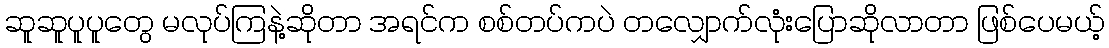
ဆူဆူပူပူတွေ မလုပ်ကြနဲ့ဆိုတာ အရင်က စစ်တပ်ကပဲ တလျှောက်လုံးပြောဆိုလာတာ ဖြစ်ပေမယ့်